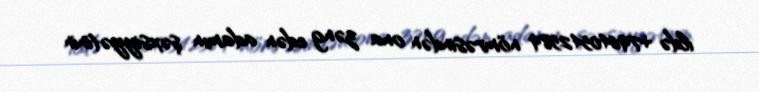
ildə +79640542589 nömrəsindən ona zəng edən adamın şəxsiyyətinin